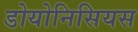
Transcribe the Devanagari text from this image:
डोयोनिसियस